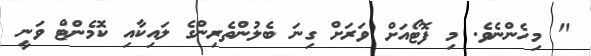
" މިހެންނެވެ. މި ފޮޓޯއަށް ވަރަށް ގިނަ ބެލުންތެރިންގެ ލައިކާއި ކޮމެންޓް ވަނީ